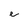
Character: e